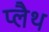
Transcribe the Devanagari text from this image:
प्लैथ